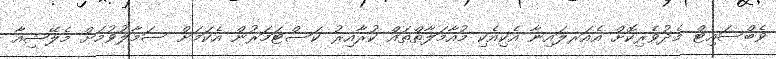
ވެބްސައިޓް މެދުވެރިކޮށް އެއަރލައިނާ އެކިއެކި މުއާމަލާތްތައް ކުރާއިރު ކަސްޓަމަރުން އެކަމަށް ސަމާލުވުމަށް މެލޭޝިއާ